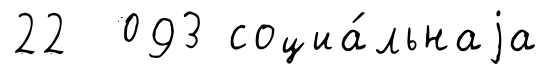
22 093 социа́льнаjа